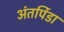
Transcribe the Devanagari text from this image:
अंतर्पिडा